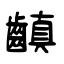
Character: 齻